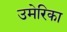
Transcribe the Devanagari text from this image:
उमेरिका